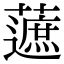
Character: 𧀹